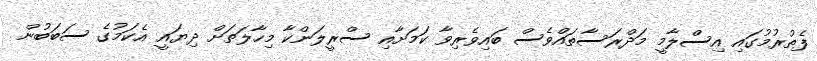
ފެތުރުމުގައި އިސްލާމީ މަދްރަސާތައްވެސް ބައިވެރިވާ ކަމަށާއި ސްރީލަންކާ މިހާލަތަށް ދިޔައީ އެކަމުގެ ސަބަބުން